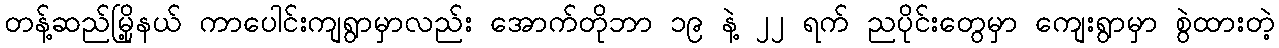
တန့်ဆည်မြို့နယ် ကာပေါင်းကျရွာမှာလည်း အောက်တိုဘာ ၁၉ နဲ့ ၂၂ ရက် ညပိုင်းတွေမှာ ကျေးရွာမှာ စွဲထားတဲ့